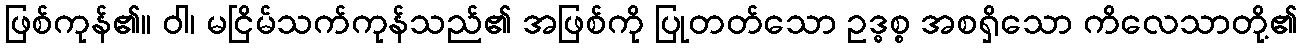
ဖြစ်ကုန်၏။ ဝါ၊ မငြိမ်သက်ကုန်သည်၏ အဖြစ်ကို ပြုတတ်သော ဥဒ္ဓစ္စ အစရှိသော ကိလေသာတို့၏